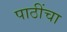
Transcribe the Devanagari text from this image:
पाठींचा